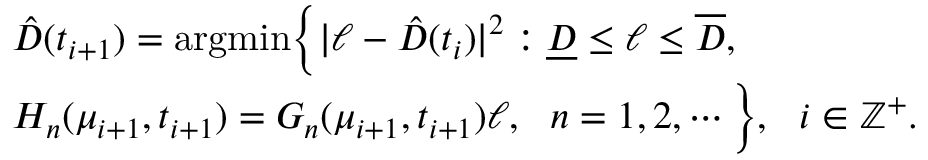
\begin{array} { r l } & { \hat { D } ( t _ { i + 1 } ) = \mathrm { a r g m i n } \bigg \{ | \ell - \hat { D } ( t _ { i } ) | ^ { 2 } : { \underline { D } \le \ell \le \overline { D } } , } \\ & { H _ { n } ( \mu _ { i + 1 } , t _ { i + 1 } ) = G _ { n } ( \mu _ { i + 1 } , t _ { i + 1 } ) \ell , ~ ~ n = 1 , 2 , \cdots \bigg \} , ~ ~ i \in \mathbb Z ^ { + } . } \end{array}